Indian journal of veterinary science and animal husbandry - Volumes 24-25, 1954-1955
Year: 1954
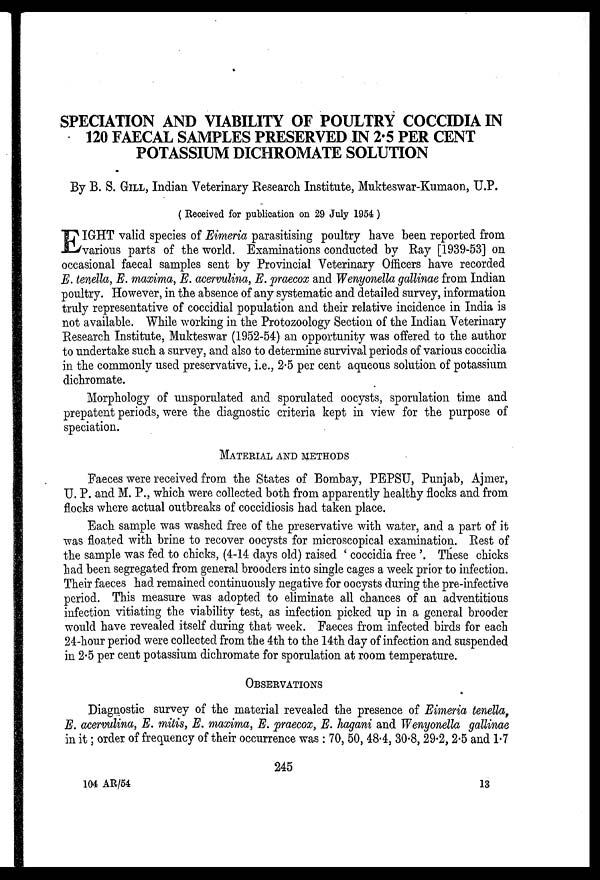
SPECIATION AND VIABILITY OF POULTRY COCCIDIA IN
120 FAECAL SAMPLES PRESERVED IN 2.5 PER CENT
POTASSIUM DICHROMATE SOLUTION
By B. S. GILL, Indian Veterinary Research Institute, Mukteswar-Kumaon, U.P.
( Received for publication on 29 July 1954 )
E IGHT valid species of Eimeria parasitising poultry have been reported from
various parts of the world. Examinations conducted by Ray [1939-53] on
occasional faecal samples sent by Provincial Veterinary Officers have recorded
E. tenella, E. maxima, E. acervulina, E. praecox and Wenyonella gallinae from Indian
poultry. However, in the absence of any systematic and detailed survey, information
truly representative of coccidial population and their relative incidence in India is
not available. While working in the Protozoology Section of the Indian Veterinary
Research Institute, Mukteswar (1952-54) an opportunity was offered to the author
to undertake such a survey, and also to determine survival periods of various coccidia
in the commonly used preservative, i.e., 2.5 per cent aqueous solution of potassium
dichromate.
Morphology of unsporulated and sporulated oocysts, sporulation time and
prepatent periods, were the diagnostic criteria kept in view for the purpose of
speciation.
MATERIAL AND METHODS
Faeces were received from the States of Bombay, PEPSU, Punjab, Ajmer,
U. P. and M. P., which were collected both from apparently healthy flocks and from
flocks where actual outbreaks of coccidiosis had taken place.
Each sample was washed free of the preservative with water, and a part of it
was floated with brine to recover oocysts for microscopical examination. Rest of
the sample was fed to chicks, (4-14 days old) raised ' coccidia free '. These chicks
had been segregated from general brooders into single cages a week prior to infection.
Their faeces had remained continuously negative for oocysts during the pre-infective
period. This measure was adopted to eliminate all chances of an adventitious
infection vitiating the viability test, as infection picked up in a general brooder
would have revealed itself during that week. Faeces from infected birds for each
24-hour period were collected from the 4th to the 14th day of infection and suspended
in 2.5 per cent potassium dichromate for sporulation at room temperature.
OBSERVATIONS
Diagnostic survey of the material revealed the presence of Eimeria tenella,
E. acervulina, E. mitis, E. maxima, E. praecox, E. hagani and Wenyonella gallinae
in it ; order of frequency of their occurrence was : 70, 50, 48.4, 30.8, 29.2, 2.5 and 1.7
245
104 AR/54
13